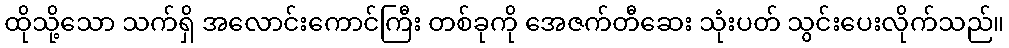
ထိုသို့သော သက်ရှိ အလောင်းကောင်ကြီး တစ်ခုကို အေဇက်တီဆေး သုံးပတ် သွင်းပေးလိုက်သည်။